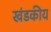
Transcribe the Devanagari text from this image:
खंडकीय